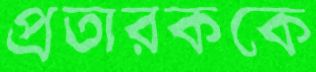
প্রতারককে